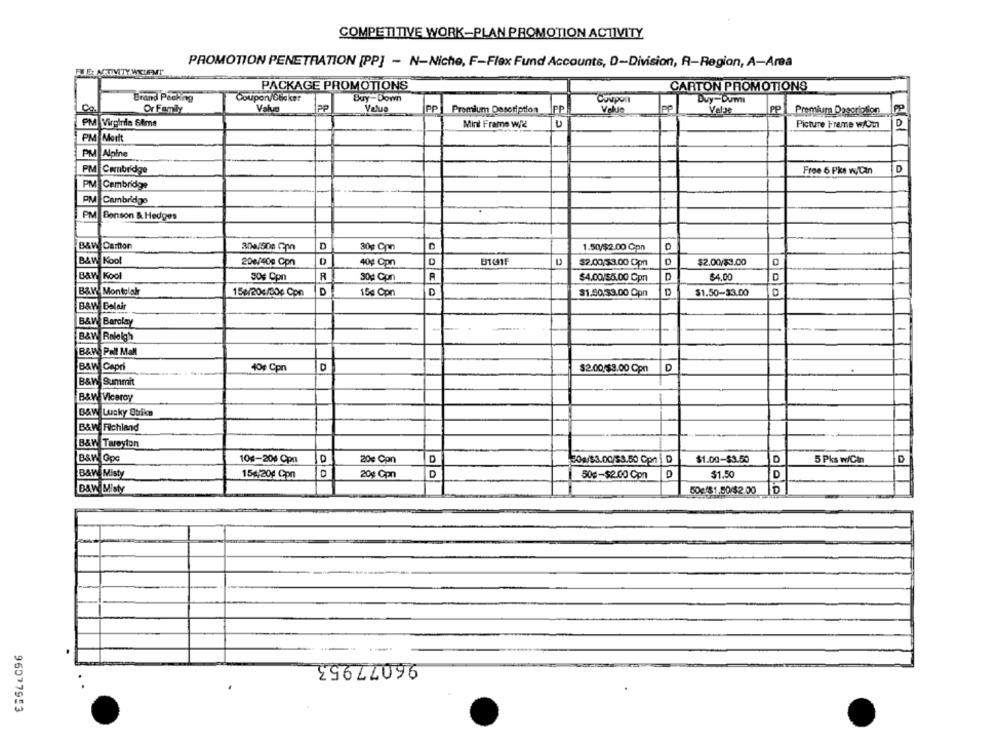
COMPETITIVE WORK-PLAN PROMOTION ACTIVITY
PROMOTION PENETRATION [PP] - N-Niche, F-Flex Fund Accounts, D-Division, R-Region, A-Area
PACKAGE PROMOTIONS
CARTON PROMOTIONS
Coupon/Cbaker
Buy-Down
Brand Packing
Coupon
Duy-Dumı
Co
Or Family
Value
PP
Value
PP
Premium Desoription
PP
Value
pp
ValJe
PP
Premium Dascriolilon
PP
PM Virginia Sims
Mint Frame wik
U
Picture Frame w/Om
D
PM Mort
PM Alpine
PM Cunbridge
Free 6 Pke w/Can
D
PM Cambridge
PM Cambridge
PM Benson & Hedges
B&W Carton
D
C
304/50g Cpn
30g Cpın
1.50/$2.00 Cpn
B&W Kool
200/400 Cpn
40g Con
C
B1CHF
$2.00/59.00 Cpr
$2.00/$3.00
B&W Kool
R
30g Cpn
30g Con
R
$4.00/$5.00 Cpr
D
$4.00
D
B&W Montolak
150/204/0c Con
D
15€ Con
$1.50/$3.00 Opn
$1.50-33.00
B&W Belair
B&W Barclay
B&W Raleigh
B&W Pall Mall
B&W Capri
40$ Cpn
D
$2.00/$3.00 Cpn
D
B&W Summit
B&W Viceroy
B&W Lucky Strike
B&W Filchland
B&W Taroyton
B&W. Gpe
104-200 Cpa
20€ Con
D
304/$3.00/53.50 Cpn D
$1.00-$3.50
D
5 Pks w/Cin
D
B&we Misty
154/20g Cpn
D
D
D
$1.50
D
20g Cpn
50g-$2.00 Con
DAW Misty
50g181.50/$2.00
D
.
96077953
.
96077953